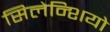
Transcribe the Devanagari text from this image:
सिलेन्शियो